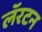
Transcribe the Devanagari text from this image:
लॅरटन